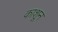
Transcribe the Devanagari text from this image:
काशून